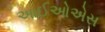
આઈઓએસ